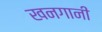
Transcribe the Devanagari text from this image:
खनगानी